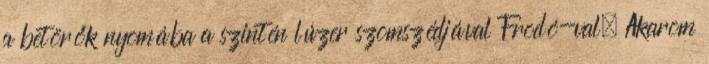
a betörők nyomába a szintén lúzer szomszédjával Frodó-val. Akarom